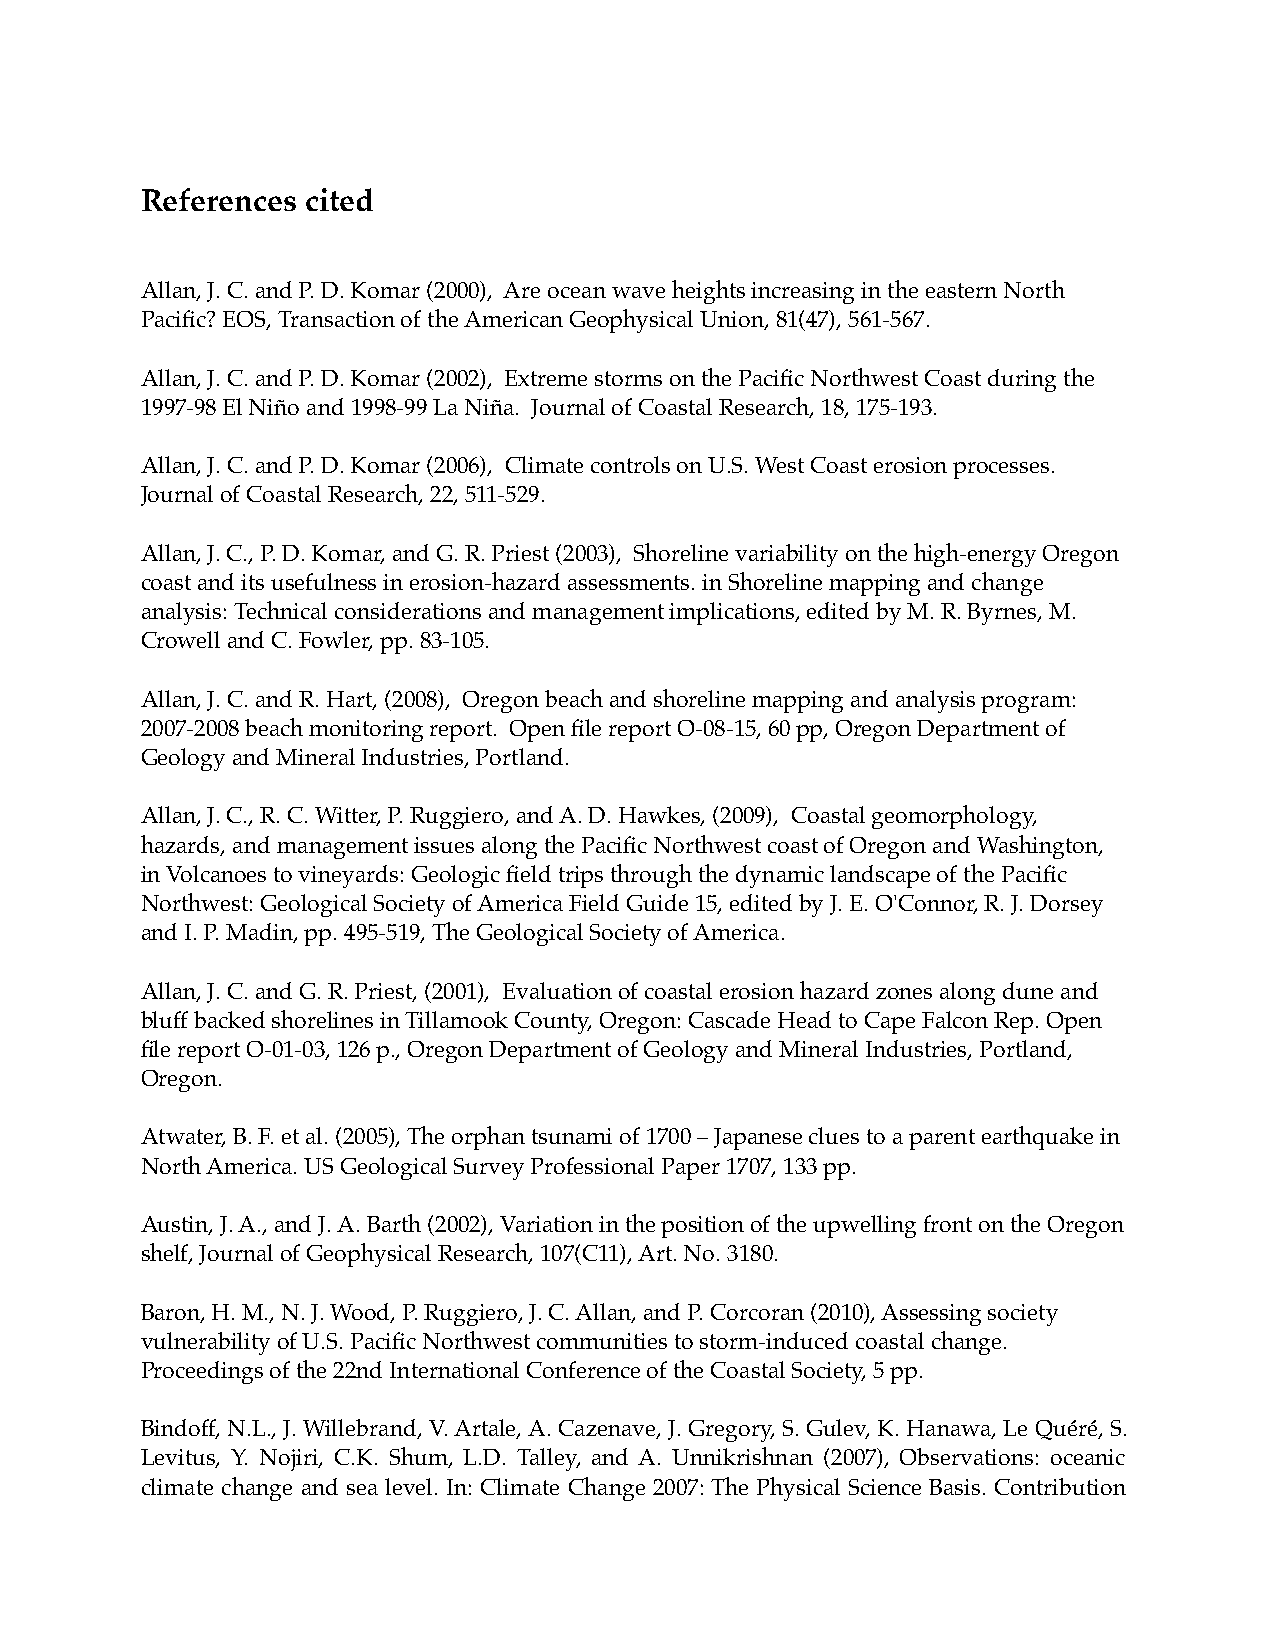
References cited
 Allan, J. C. and P. D. Komar (2000), Are ocean wave heights increasing in the eastern North
 Pacific? EOS, Transaction of the American Geophysical Union, 81(47), 561-567.
 Allan, J. C. and P. D. Komar (2002), Extreme storms on the Pacific Northwest Coast during the
 1997-98 El Niño and 1998-99 La Niña. Journal of Coastal Research, 18, 175-193.
 Allan, J. C. and P. D. Komar (2006), Climate controls on U.S. West Coast erosion processes.
 Journal of Coastal Research, 22, 511-529.
 Allan, J. C., P. D. Komar, and G. R. Priest (2003), Shoreline variability on the high-energy Oregon
 coast and its usefulness in erosion-hazard assessments. in Shoreline mapping and change
 analysis: Technical considerations and management implications, edited by M. R. Byrnes, M.
 Crowell and C. Fowler, pp. 83-105.
 Allan, J. C. and R. Hart, (2008), Oregon beach and shoreline mapping and analysis program:
 2007-2008 beach monitoring report. Open file report O-08-15, 60 pp, Oregon Department of
 Geology and Mineral Industries, Portland.
 Allan, J. C., R. C. Witter, P. Ruggiero, and A. D. Hawkes, (2009), Coastal geomorphology,
 hazards, and management issues along the Pacific Northwest coast of Oregon and Washington,
 in Volcanoes to vineyards: Geologic field trips through the dynamic landscape of the Pacific
 Northwest: Geological Society of America Field Guide 15, edited by J. E. O'Connor, R. J. Dorsey
 and I. P. Madin, pp. 495-519, The Geological Society of America.
 Allan, J. C. and G. R. Priest, (2001), Evaluation of coastal erosion hazard zones along dune and
 bluff backed shorelines in Tillamook County, Oregon: Cascade Head to Cape Falcon Rep. Open
 file report O-01-03, 126 p., Oregon Department of Geology and Mineral Industries, Portland,
 Oregon.
 Atwater, B. F. et al. (2005), The orphan tsunami of 1700 – Japanese clues to a parent earthquake in
 North America. US Geological Survey Professional Paper 1707, 133 pp.
 Austin, J. A., and J. A. Barth (2002), Variation in the position of the upwelling front on the Oregon
 shelf, Journal of Geophysical Research, 107(C11), Art. No. 3180.
 Baron, H. M., N. J. Wood, P. Ruggiero, J. C. Allan, and P. Corcoran (2010), Assessing society
 vulnerability of U.S. Pacific Northwest communities to storm-induced coastal change.
 Proceedings of the 22nd International Conference of the Coastal Society, 5 pp.
 Bindoff, N.L., J. Willebrand, V. Artale, A. Cazenave, J. Gregory, S. Gulev, K. Hanawa, Le Quéré, S.
 Levitus, Y. Nojiri, C.K. Shum, L.D. Talley, and A. Unnikrishnan (2007), Observations: oceanic
 climate change and sea level. In: Climate Change 2007: The Physical Science Basis. Contribution